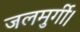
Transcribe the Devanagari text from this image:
जलमुर्गी।